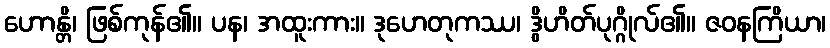
ဟောန္တိ၊ ဖြစ်ကုန်၏။ ပန၊ အထူးကား။ ဒုဟေတုကဿ၊ ဒွိဟိတ်ပုဂ္ဂိုလ်၏။ ဇဝနကြိယာ၊